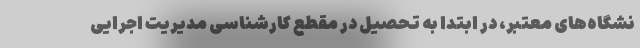
نشگاه‌های معتبر، در ابتدا به تحصیل در مقطع کارشناسی مدیریت اجرایی